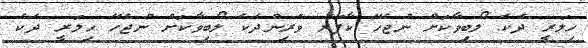
ހިލަރީ ދެކެ ލޯބިވާކަށް ނުޖެހޭ ކާފަރު ވެރިންދެކެ ލޯބިވާކަށް ނުޖެހޭ ހިލަރީ ދެކެ